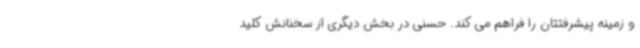
و زمینه پیشرفتتان را فراهم می کند. حسنی در بخش دیگری از سخنانش کلید